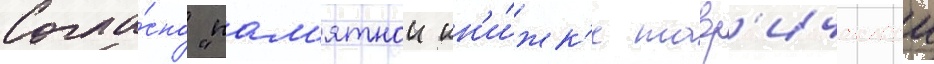
Согла́сно "пам'ятнои кн'и́жк'е тавр'ическои